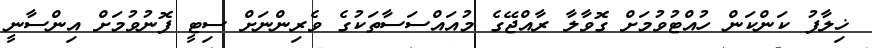
ޚިލާފު ކަންކަން ހުއްޓުވުމަށް ގޮވާލާ ރާއްޖޭގެ މުއައްސަސާތަކުގެ ވެރިންނަށް ސިޓީ ފޮނުވުމަށް އިންސާނީ